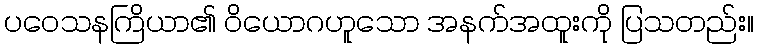
ပဝေသနကြိယာ၏ ဝိယောဂဟူသော အနက်အထူးကို ပြသတည်း။